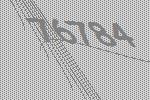
76784